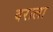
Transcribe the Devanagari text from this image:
वराला